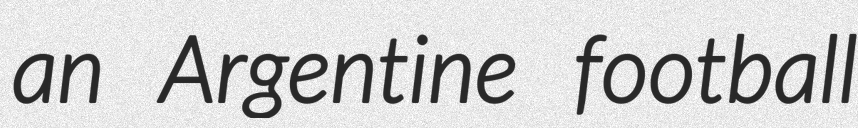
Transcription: an Argentine football